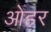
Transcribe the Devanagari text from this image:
ओहर